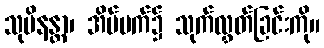
သုပိနန္တာ၊ အိပ်မက်၌ သုက်လွှတ်ခြင်းကို။